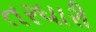
તરધારી